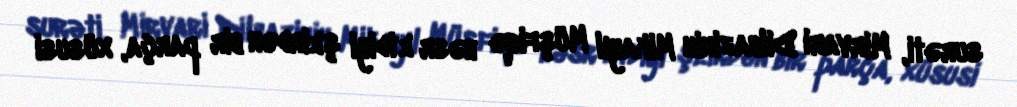
surəti, Mirvari Dilbazinin Mikayıl Müşfiqə həsr etdiyi şeirdən bir parça, xüsusi